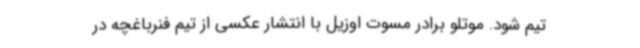
تیم شود. موتلو برادر مسوت اوزیل با انتشار عکسی از تیم فنرباغچه در